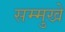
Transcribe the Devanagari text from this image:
सम्मुखे